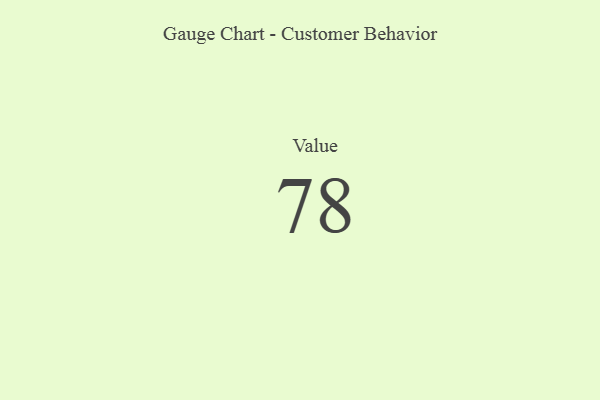
{"axis": {"x": "Metric", "y": "Value"}, "legend": [""], "data": [{"x": "Value", "y": 78, "type": ""}]}